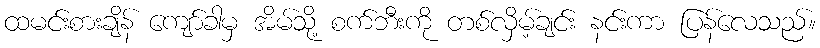
ထမင်းစားချိန် ကျော်ခါမှ အိမ်သို့ စက်ဘီးကို တစ်လှိမ့်ချင်း နင်းကာ ပြန်လေသည်။